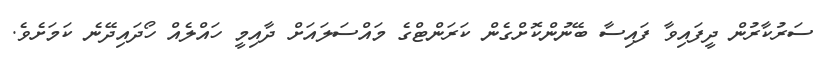
ސަރުކާރުން ދީފައިވާ ފައިސާ ބޭނުންކޮށްގެން ކަރަންޓްގެ މައްސަލައަށް ދާއިމީ ހައްލެއް ހޯދައިދޭނެ ކަމަށެވެ.